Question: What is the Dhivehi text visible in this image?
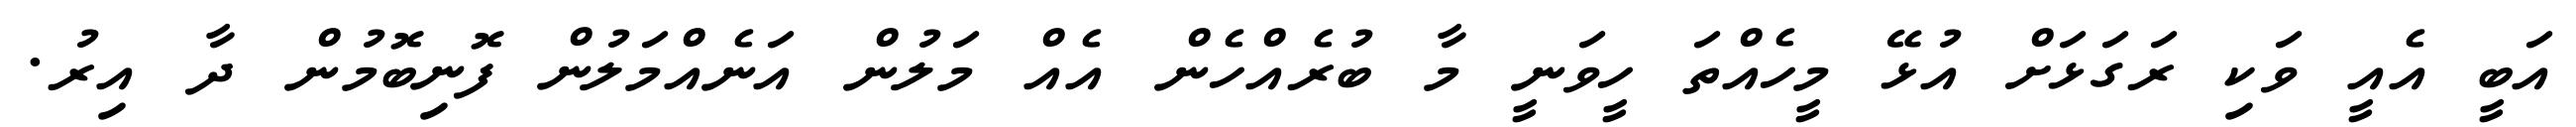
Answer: އަބީ އެއީ ވަކި ރަގަޅަށް އުޅޭ މީހެއްތަ ހީވަނީ މާ ބުރެއްހެން އެއް މަލުން އަނެއްމަލުން ފޮނިބޮމުން ދާ އިރު.